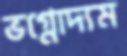
ভগ্নোদ্যম